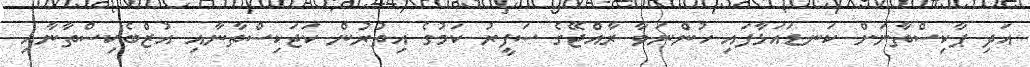
އަދި ޕާކިސްތާނަށް ކަނޑައަޅާފައި ހުންނަވާ ރާއްޖޭގެ ސަފީރު ކަމުގެ އިތުރުން ކަޖަކިސްތާނާއި އުޒްބެކިސްތާނާއި